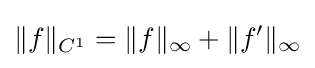
\|f\|_{C^{1}}=\|f\|_{\infty }+\|f'\|_{\infty }